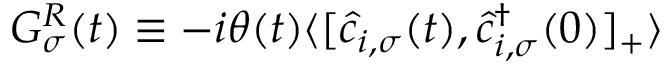
G _ { \sigma } ^ { R } ( t ) \equiv - i \theta ( t ) \langle [ \hat { c } _ { i , \sigma } ( t ) , \hat { c } _ { i , \sigma } ^ { \dagger } ( 0 ) ] _ { + } \rangle